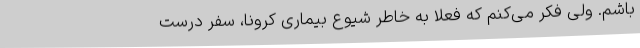
باشم. ولی فکر می‌کنم که فعلاً به خاطر شیوع بیماری کرونا، سفر درست